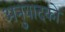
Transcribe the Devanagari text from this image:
अनुवादको